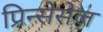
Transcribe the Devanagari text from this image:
प्रिन्सेसेज